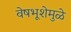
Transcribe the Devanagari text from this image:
वेषभूशेमुळे